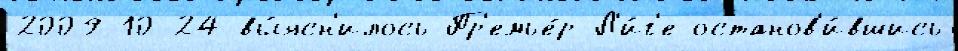
2009-10-24 вы́ясн'илось Пр'емье́р-Л'и́г'е останов'и́вшись